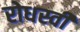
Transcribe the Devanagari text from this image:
रोधस्वी